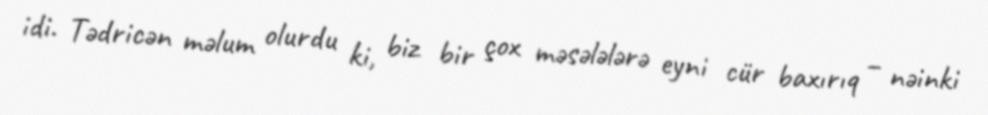
idi. Tədricən məlum olurdu ki, biz bir çox məsələlərə eyni cür baxırıq – nəinki